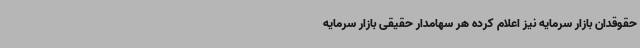
حقوقدان بازار سرمایه نیز اعلام کرده هر سهامدار حقیقی بازار سرمایه